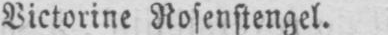
Victorine Rosenstengel.